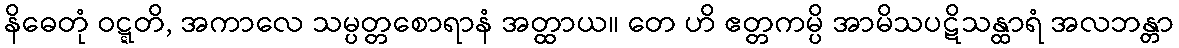
နိဓေတုံ ဝဋ္ဋတိ, အကာလေ သမ္ပတ္တစောရာနံ အတ္ထာယ။ တေ ဟိ ဧတ္တကမ္ပိ အာမိသပဋိသန္ထာရံ အလဘန္တာ